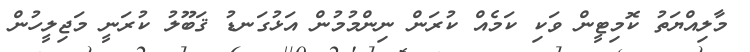
މާލިއްޔަތު ކޮމިޓީން ވަކި ކަމެއް ކުރަން ނިންމުމުން އަޅުގަނޑު ޤަބޫލު ކުރަނީ މަޖިލީހުން